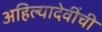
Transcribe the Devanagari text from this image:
अहिल्यादेवींची